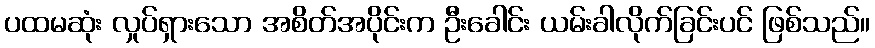
ပထမဆုံး လှုပ်ရှားသော အစိတ်အပိုင်းက ဦးခေါင်း ယမ်းခါလိုက်ခြင်းပင် ဖြစ်သည်။